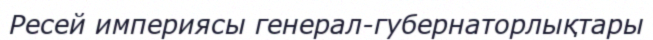
Ресей империясы генерал-губернаторлықтары